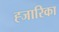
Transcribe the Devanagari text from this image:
ह्जारिका